ELKNU_Lihula_Rajoonikomitee, lk 10
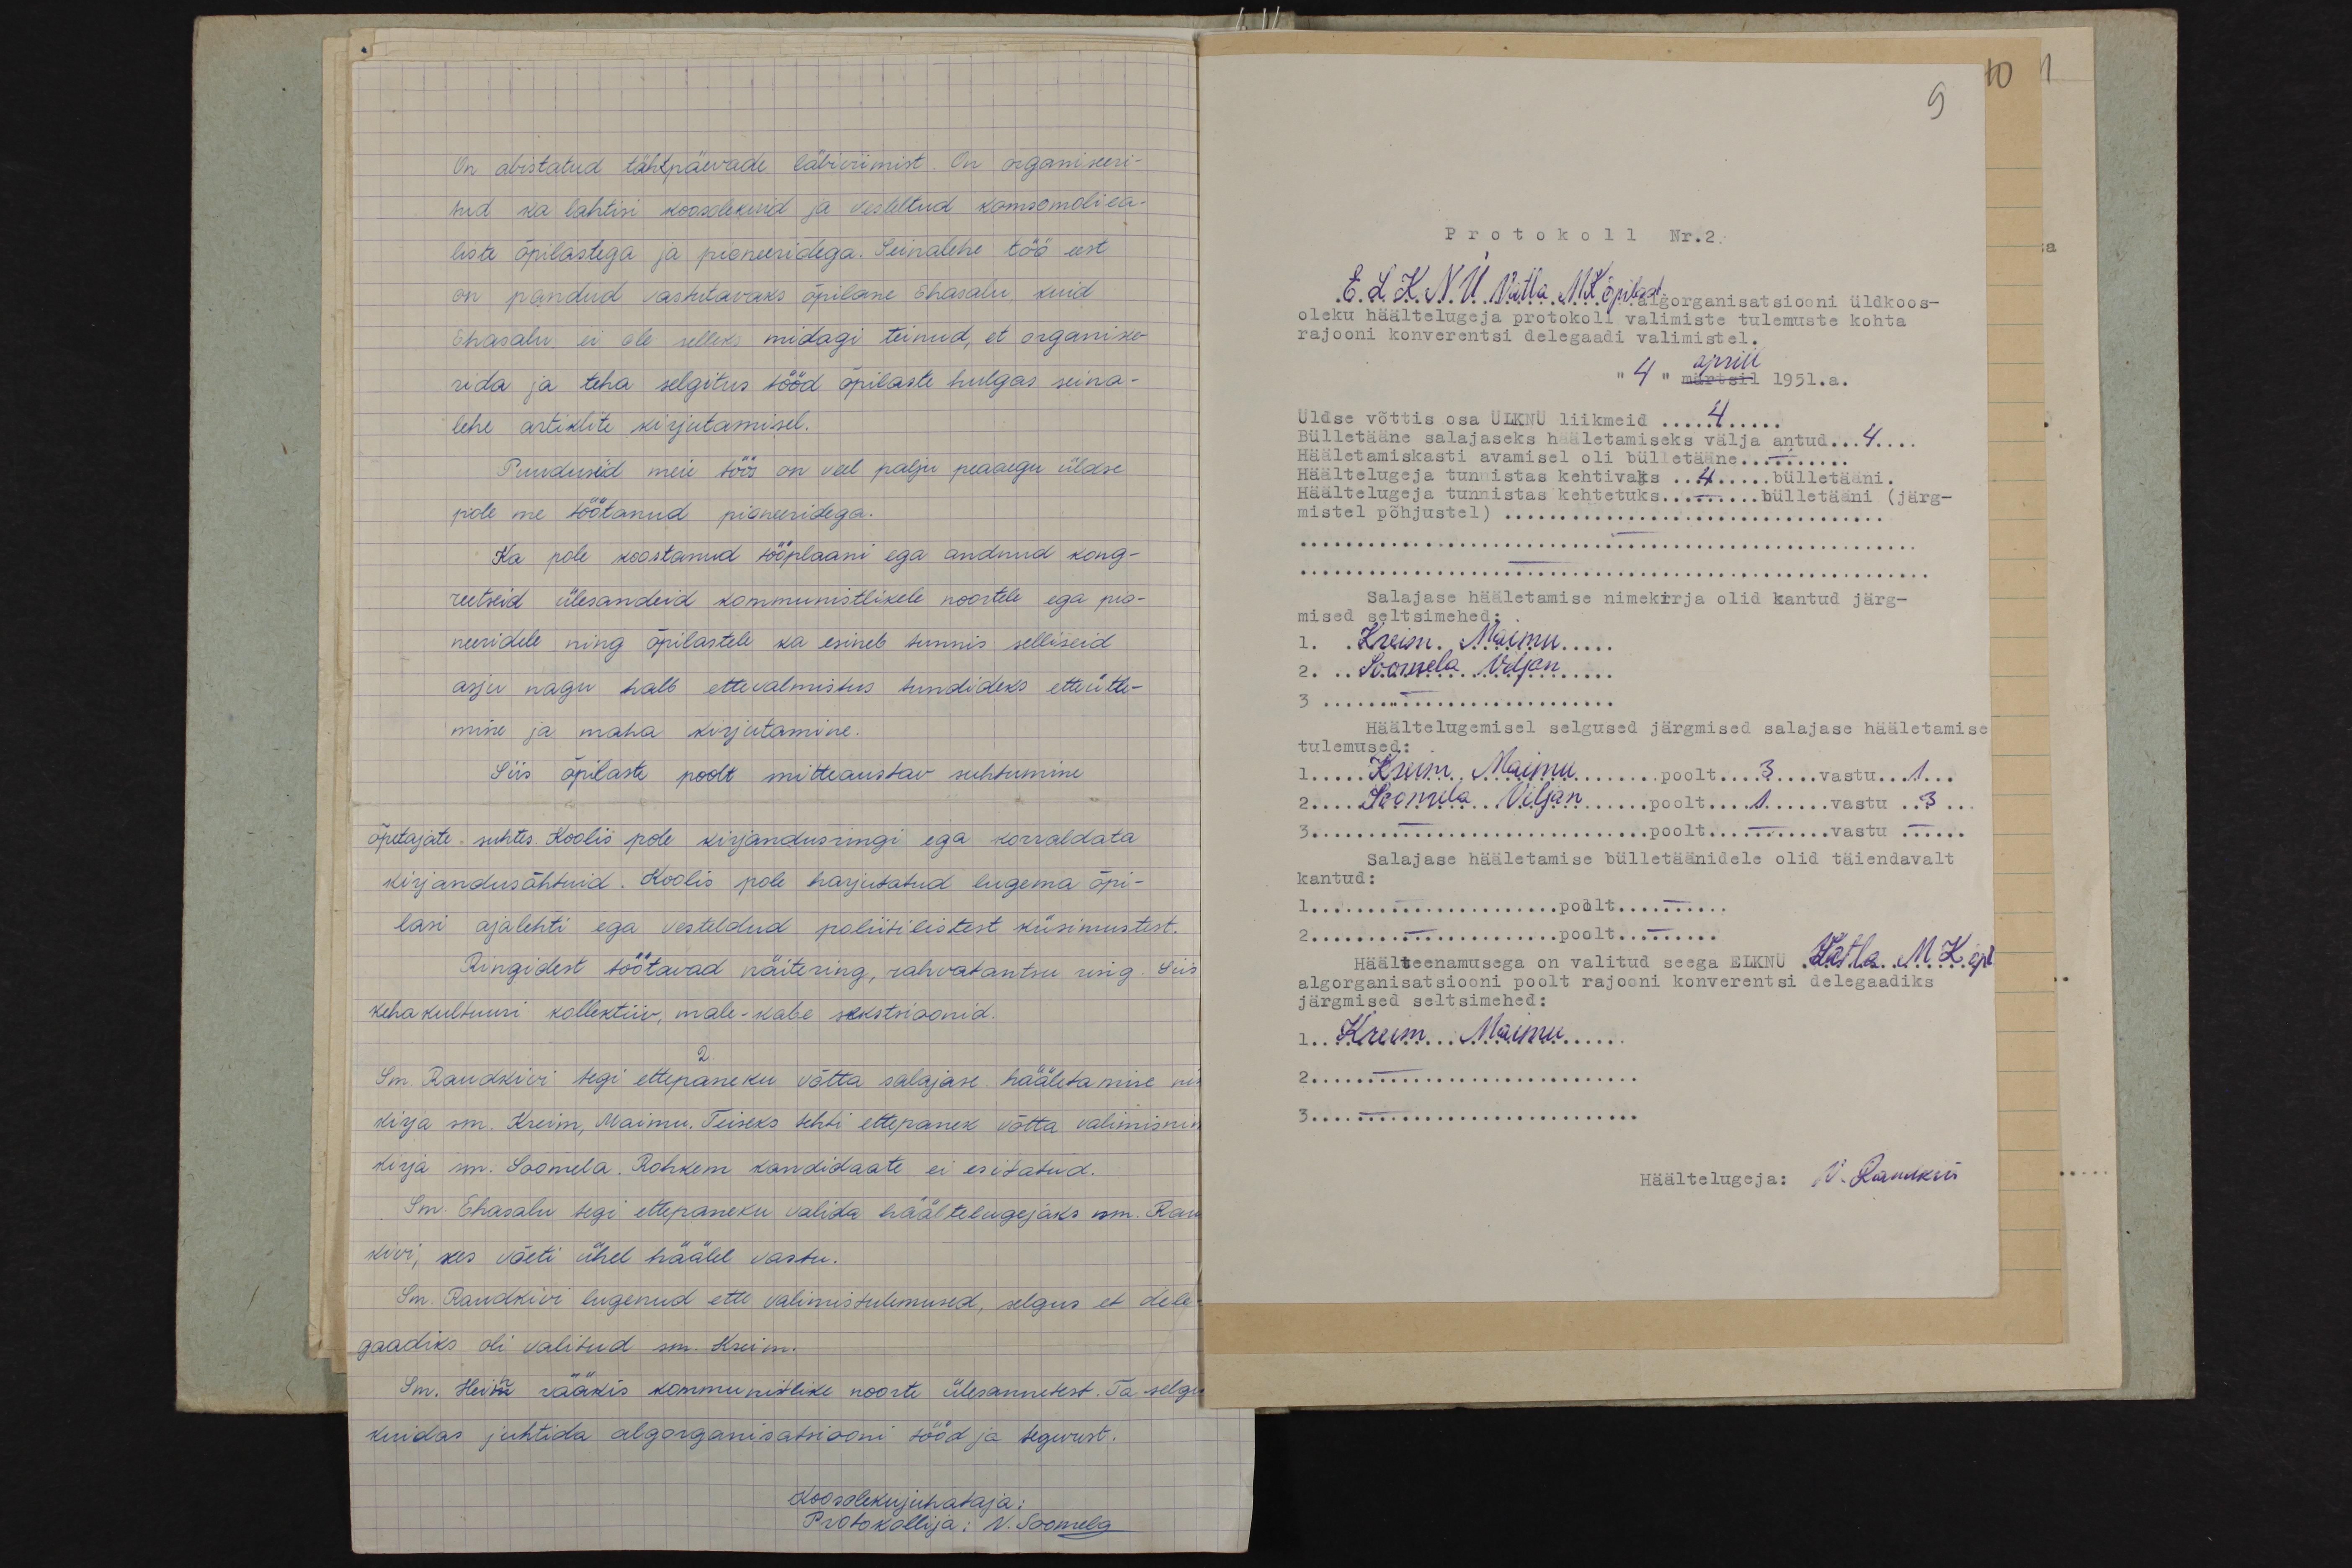
On abistatud tähtpäevade läbiviimist. On organiseeri-
tud ka lahtisi koosolekuid ja vesteltud komsomoliea-
liste õpilastega ja pioneeridega. Seinalehe töö eest
on pandud vastutavaks õpilane Ehasalu, kuid
Ehasalu ei ole selleks midagi teinud, et organise-
rida ja teha selgitus tööd õpilaste hulgas seina-
lehe artiklite kirjutamisel.
Puudusid meie töös on veel palju peaaegu üldse
pole me töötanud pioneeridega.
Ka pole koostanud tööplaani ega andnud kong-
reetseid ülesandeid kommunistlikele noortele ega pea-
neeridele ning õpilastele ka esineb sunnis selliseid
asju nagu halb ettevalmistus tundideks etteütle-
mine ja maha kirjutamine.
Siis õpilaste poolt mitteaustav suhtumine
õpetajate suhtes. Koolis pole kirjandusringi ega korraldata
kirjandusõhtuid. Koolis pole harjutatud lugema õpi-
lasi ajalehti ega vesteldud poliitilistest küsimustest.
Ringidest töötavad näitering, rahvatantsu ring. Siis
kehakultuuri kollektiiv, male-kabe sekstsioonid.
2
Sm. Raudkivi tegi ettepaneku võtta salajase hääletamise nii
kirja sm. Kreim, Maimu. Teiseks tehti ettepanek võtta valimisnime
kirja M. Soomela. Rohkem kandidaate ei esitatud.
Sm. Ehasalu tegi ettepaneku valida häältelugejaks sm. Rau-
kivi, kes võeti ühel häälel vastu.
Sm. Raudkivi lugenud ette valimistulemused, selgus et dele
gaadiks oli valitud sm. Kreim.
Sm. Hein rääkis kommunistlike noorte ülesannetest. Ta selgi
kuidas juhtida algorganisatsiooni tööd ja tegevust.
Koosolekujuhataja
Protokollija: N. Soomela

9
Protokoll Nr. 2.
ELKNÜ Valla. MK õpilast algorganisatsiooni üldkoos-
oleku häältelugeja protokoll valimiste tulemuste kohta.
rajooni konverentsi delegaadi valimistel.
"4" märtsil 1951.a. aprill
Üldse võttis osa ÜLKNÜ liikmeid 4
Bülletääne salajaseks hääletamiseks välja antud 4
Hääletamiskasti avamisel oli bülletääne -
Häältelugeja tunnistas kehtivaks 4 bülletääni
Häältelugeja tunnistas kehtetuks - bülletääni (järg-
mistel põhjustel)........................................
Salajase hääletamise nimekirja olid kantud järg-
mised seltsimehed
1. Kreim Maimu
2. Soomela Viljan
Häältelugemisel selgused järgmised salajase hääletamise
tulemused
1. Krum Maimu poolt 3 vastu 1
2. Toomela Viljan poolt 1 vastu 3
Salajase hääletamise bülletaanidele olid täiendavalt
kantud:
1. poolt
2. poolt
Häälteenamusega on valitud seega Vatla MK õpilas
algorganisatsiooni poolt rajooni konverentsi delegaadiks
järgmised seltsimehed:
1. Krum Maimu
Häältelugeja: V. Randkivi